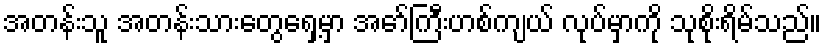
အတန်းသူ အတန်းသားတွေရှေ့မှာ အော်ကြီးဟစ်ကျယ် လုပ်မှာကို သုစိုးရိမ်သည်။